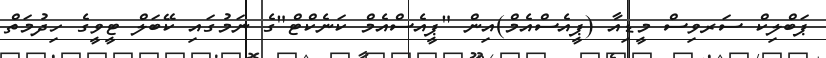
ޕަބްލިކް ސަރވިސް މީޑިއާ (ޕީއެސްއެމް)އިން "ޕީއެސްއެމް ކަނެކްޓް"ގެ ނަމުގައި ކޭބަލް ޓީވީގެ ހިދުމަތް